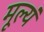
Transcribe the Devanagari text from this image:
मूल्यं